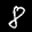
Label: 8